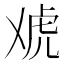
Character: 䖊